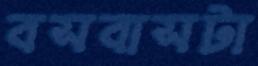
বসবাসটা